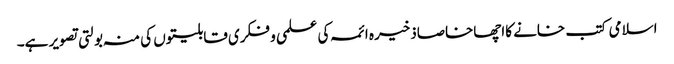
اسلامی کتب خانے کااچھاخاصاذخیرہ ائمہ کی علمی و فکری قابلیتوں کی منہ بولتی تصویر ہے۔